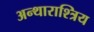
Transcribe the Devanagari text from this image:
अन्थाराश्त्रिय